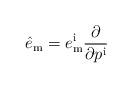
LaTeX: \begin{align*}\hat e_{\mathrm{m}} = e^{\mathrm{i}}_{\mathrm{m}} {\partial\over\partial p^{\mathrm{i}}}\end{align*}